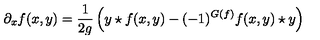
\partial _ { x } f ( x , y ) = \frac { 1 } { 2 g } \left( y \star f ( x , y ) - ( - 1 ) ^ { G ( f ) } f ( x , y ) \star y \right)